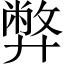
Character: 弊